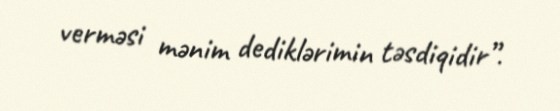
verməsi mənim dediklərimin təsdiqidir”.